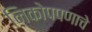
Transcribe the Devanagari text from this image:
निकोपपणाचे